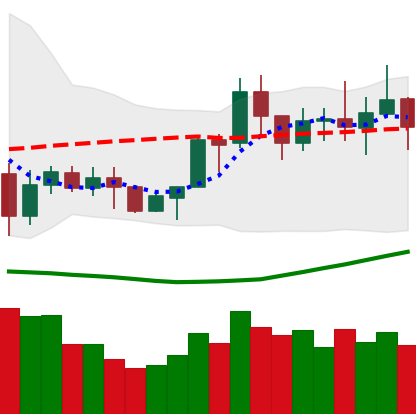
Ticker: NEO-USD
Chart end date: 2020-07-16
Forward return: 4.477%
Label: up_3_5